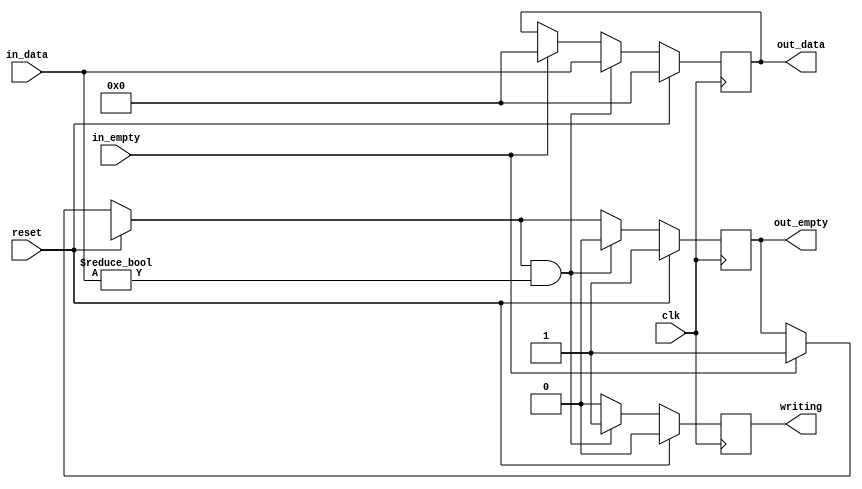
`timescale 1ns / 1ps 
`default_nettype none 

module BufferMemorySubBlock (
	writing,
	out_empty,
	out_data,
	clk,
	reset,
	in_data,
	in_empty
); 

// Declare input ports

input 	clk,
	reset,
	in_empty;


input [34:0] in_data;
	
// Declare output ports

output reg	out_empty,
		writing;

output reg [34:0] out_data;

//Declare Middle Ports

reg	middle_reset,
	middle_empty;

reg [34:0] middle_data;

//Assign Statements

//Always Blocks

always @(posedge clk)
begin
	middle_data = in_data;
	middle_reset = reset;
	middle_empty = in_empty;
	#1
	if (middle_reset == 1)
	begin
		out_data = 0;
		out_empty = 1;
		middle_data = 0;
		writing = 0;
	end
	else
	begin
		if (in_empty == 1)
		begin
			out_data = 35'b0;
			out_empty = 1;
		end
		if (out_empty == 1 && middle_data != 0)
		begin
			writing = 1;
			out_data = middle_data;
			out_empty = 0;
		end
		else
		begin
			writing = 0;
		end
	end
end

endmodule